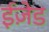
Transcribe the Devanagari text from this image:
ईज़ेड